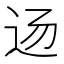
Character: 𰺲